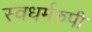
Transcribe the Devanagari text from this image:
स्वधर्मरुपी